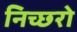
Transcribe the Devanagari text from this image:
निच्छरो